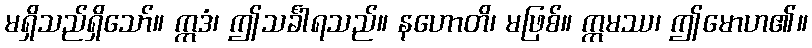
မရှိသည်ရှိသော်။ ဣဒံ၊ ဤသင်္ခါရသည်။ နဟောတိ၊ မဖြစ်။ ဣမဿ၊ ဤမောဟ၏။